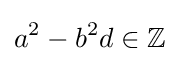
a^{2}-b^{2}d\in \mathbb {Z}